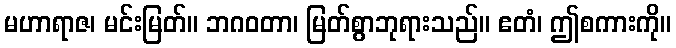
မဟာရာဇ၊ မင်းမြတ်။ ဘဂဝတာ၊ မြတ်စွာဘုရားသည်။ ဧတံ၊ ဤစကားကို။